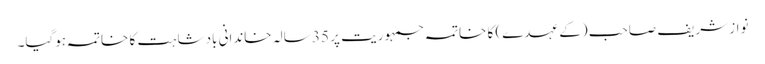
نواز شریف صاحب (کے عہدے) کا خاتمہ جمہوریت پر 35 سالہ خاندانی بادشاہت کا خاتمہ ہوگیا۔